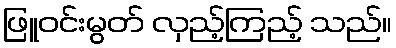
ဖြူဝင်းမွတ် လှည့်ကြည့် သည်။